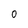
Character: 0